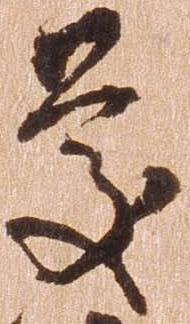
慶